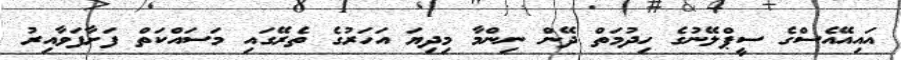
އައިއޭއެސްގެ ސީޕްލޭނުގެ ހިދުމަތް ދޭން ނިންމާ މިދިޔަ އަހަރުގެ ތެރޭގައި މަސައްކަތް ފަށާފަވާއިރު